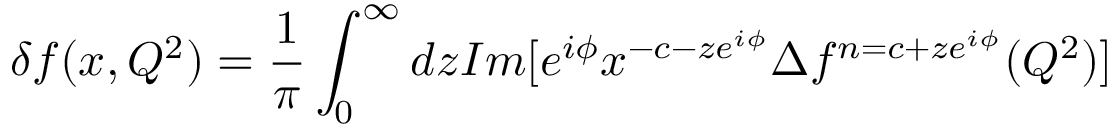
\delta f ( x , Q ^ { 2 } ) = \frac { 1 } { \pi } \int _ { 0 } ^ { \infty } d z I m [ e ^ { i \phi } x ^ { - c - z e ^ { i \phi } } \Delta f ^ { n = c + z e ^ { i \phi } } ( Q ^ { 2 } ) ]